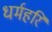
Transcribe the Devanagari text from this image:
धर्महरि